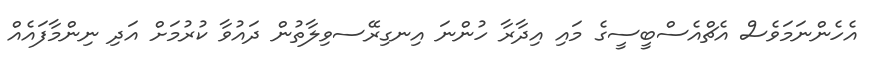
އެހެންނަމަވެސް އެޗްއެސްބީސީގެ މައި އިދާރާ ހުންނަ އިނގިރޭސވިލާތުން ދައުވާ ކުރުމަށް އަދި ނިންމާފައެއް